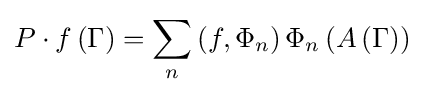
P\cdot f\left(\Gamma \right)=\sum _{n}\left(f,\Phi _{n}\right)\Phi _{n}\left(A\left(\Gamma \right)\right)